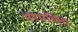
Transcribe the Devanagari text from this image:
संसारचिंता